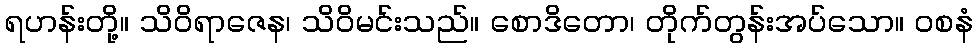
ရဟန်းတို့။ သိဝိရာဇေန၊ သိဝိမင်းသည်။ စောဒိတော၊ တိုက်တွန်းအပ်သော။ ဝစနံ